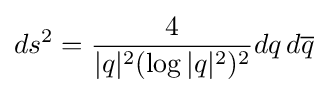
ds^{2}={\frac {4}{|q|^{2}(\log |q|^{2})^{2}}}dq\,d{\overline {q}}